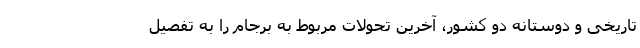
تاریخی و دوستانه دو کشور، آخرین تحولات مربوط به برجام را به تفصیل